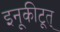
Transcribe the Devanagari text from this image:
इनूकीटूत्